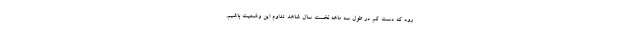
رود که دست کم در طول سه ماهه نخست سال شاهد تداوم این وضعیت باشیم.